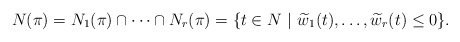
\begin{align*}N(\pi) = N_1(\pi)\cap\cdots\cap N_r(\pi) = \{ t \in N \ \vert \ \widetilde w_1(t),\ldots,\widetilde w_r(t)\leq0 \}.\end{align*}